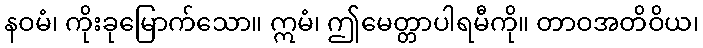
နဝမံ၊ ကိုးခုမြောက်သော။ ဣမံ၊ ဤမေတ္တာပါရမီကို။ တာဝအတိဝိယ၊